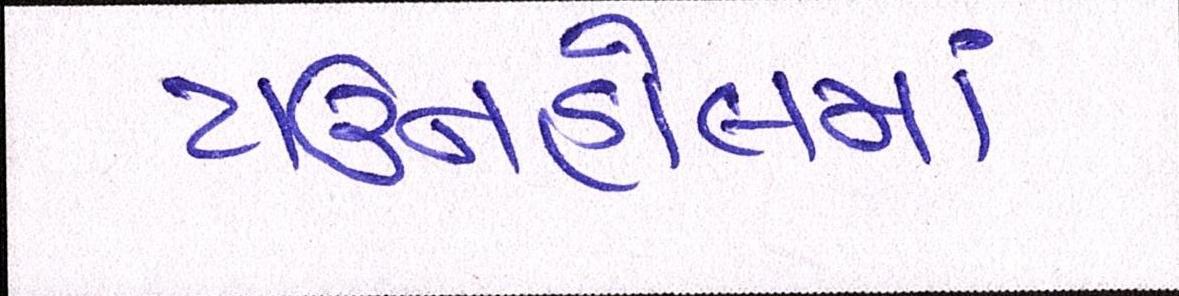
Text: ટાઉનહોલમાં